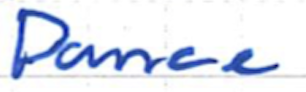
Text: Dance
Cross-out: clean
Writing tool: ballpoint